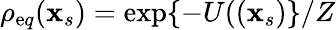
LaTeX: \rho_{\mathrm{e}q}(\mathbf{{x}}_{s})=\exp\{ -U((\mathbf{{x}}_{s})\} /Z